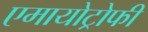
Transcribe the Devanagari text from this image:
एमायोट्रोफी